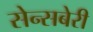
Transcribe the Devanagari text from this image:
सेन्सबेरी